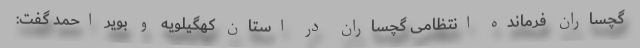
گچساران فرمانده انتظامی گچساران در استان کهگیلویه و بویر احمد گفت: